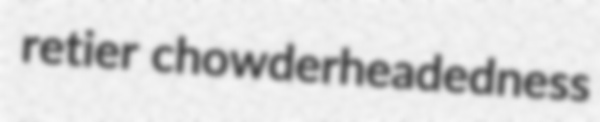
retier chowderheadedness